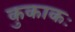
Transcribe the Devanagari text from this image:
कुकाकः